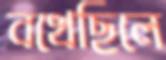
বখেছিলে